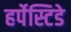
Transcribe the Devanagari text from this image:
हर्पेस्टिडे